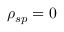
\rho _ { s p } = 0